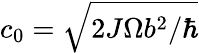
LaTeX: c_{0}=\sqrt{2J\Omega b^{2}/\hbar}